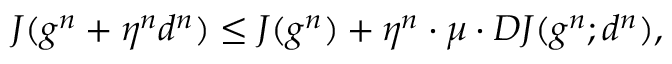
J ( g ^ { n } + \eta ^ { n } d ^ { n } ) \le J ( g ^ { n } ) + \eta ^ { n } \cdot \mu \cdot D J ( g ^ { n } ; d ^ { n } ) ,